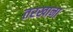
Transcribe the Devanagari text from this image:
तरखाना